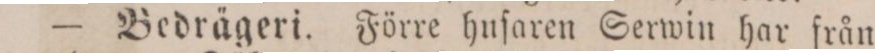
— Bedrägeri. Förre huſaren Serwin har från